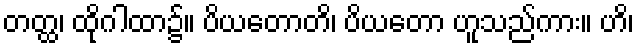
တတ္ထ၊ ထိုဂါထာ၌။ ပိယတောတိ၊ ပိယတော ဟူသည်ကား။ ဟိ၊